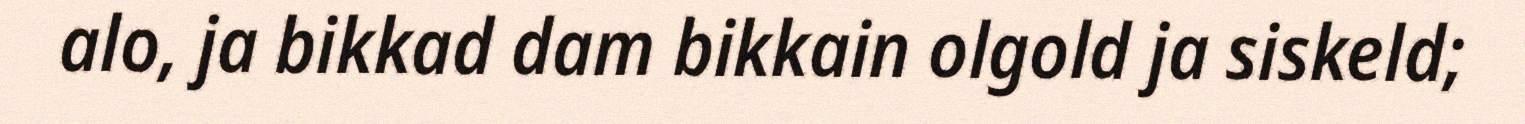
alo, ja bikkad dam bikkain olgold ja siskeld;